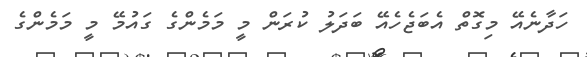
ހަދާނެއޭ މިގޮތް އެބަޖެހެއޭ ބަދަލު ކުރަން މީ މަމެންގެ ގައުމޭ މީ މަމެންގެ